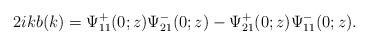
LaTeX: \begin{align*}2ikb(k)=\Psi^+_{11}(0 ;z) \Psi^-_{21}(0;z)-\Psi^+_{21}(0;z) \Psi^-_{11}(0;z).\end{align*}